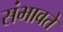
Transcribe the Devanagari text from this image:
संभावते